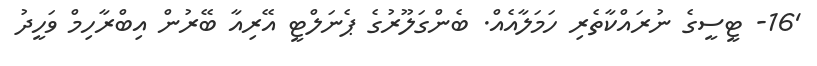
'16- ޓީސީގެ ނުރައްކާތެރި ހަމަލާއެއް. ބެންގަލޫރުގެ ޕެނަލްޓީ އޭރިއާ ބޭރުން އިބްރާހިމް ވަހީދު